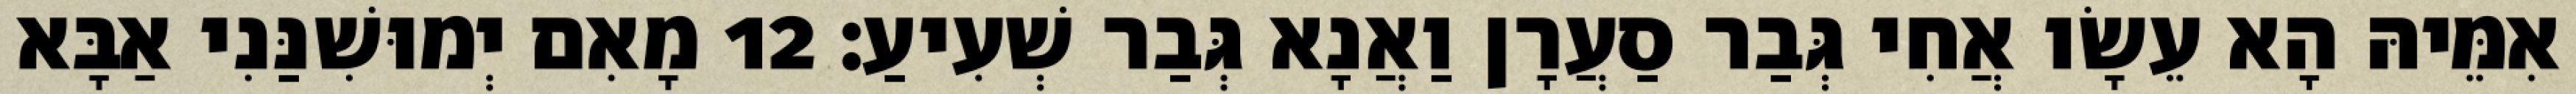
אִמֵּיהּ הָא עֵשָׂו אֲחִי גְּבַר סַעֲרָן וַאֲנָא גְּבַר שְׁעִיעַ׃ 12 מָאִם יְמוּשִׁנַּנִי אַבָּא